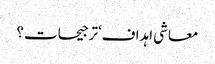
معاشی اہداف‘ترجیحات؟